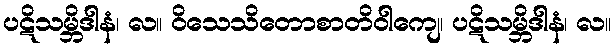
ပဋိသမ္ဘိဒါနံ၊ လ။ ဝိသေသိတောစာတိဝါကျေ၊ ပဋိသမ္ဘိဒါနံ၊ လ။